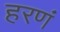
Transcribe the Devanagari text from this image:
हरणं